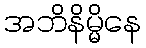
အဘိနိမ္မိနေ